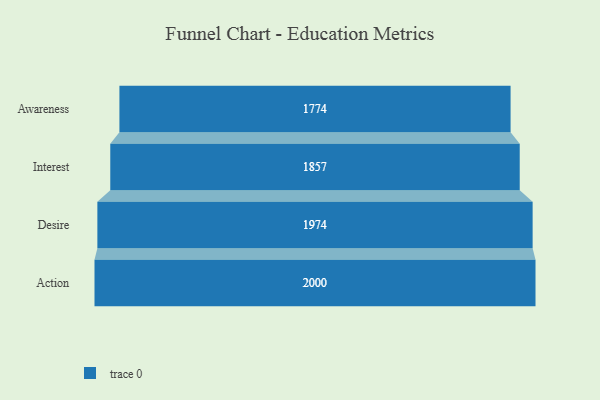
{"axis": {"x": "Stage", "y": "Value"}, "legend": [""], "data": [{"x": "Awareness", "y": 1774.0, "type": ""}, {"x": "Interest", "y": 1857.0, "type": ""}, {"x": "Desire", "y": 1974.0, "type": ""}, {"x": "Action", "y": 2000, "type": ""}]}